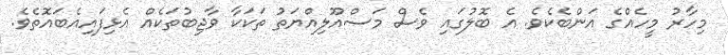
މިހާރު މީހެއްގެ އަންބެކެވެ. އެ ބޮލުގައި ވެސް މަސްއޫލިއްޔަތު ތަކަކާ ވާޖިބުތަކެއް އެޅިފައިއެބައޮތެވެ.